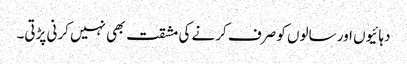
دہائیوں اور سالوں کو صرف کرنے کی مشقت بھی نہیں کرنی پڑتی۔